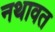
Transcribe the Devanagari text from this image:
नथावत